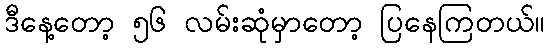
ဒီနေ့တော့ ၅၆ လမ်းဆုံမှာတော့ ပြနေကြတယ်။